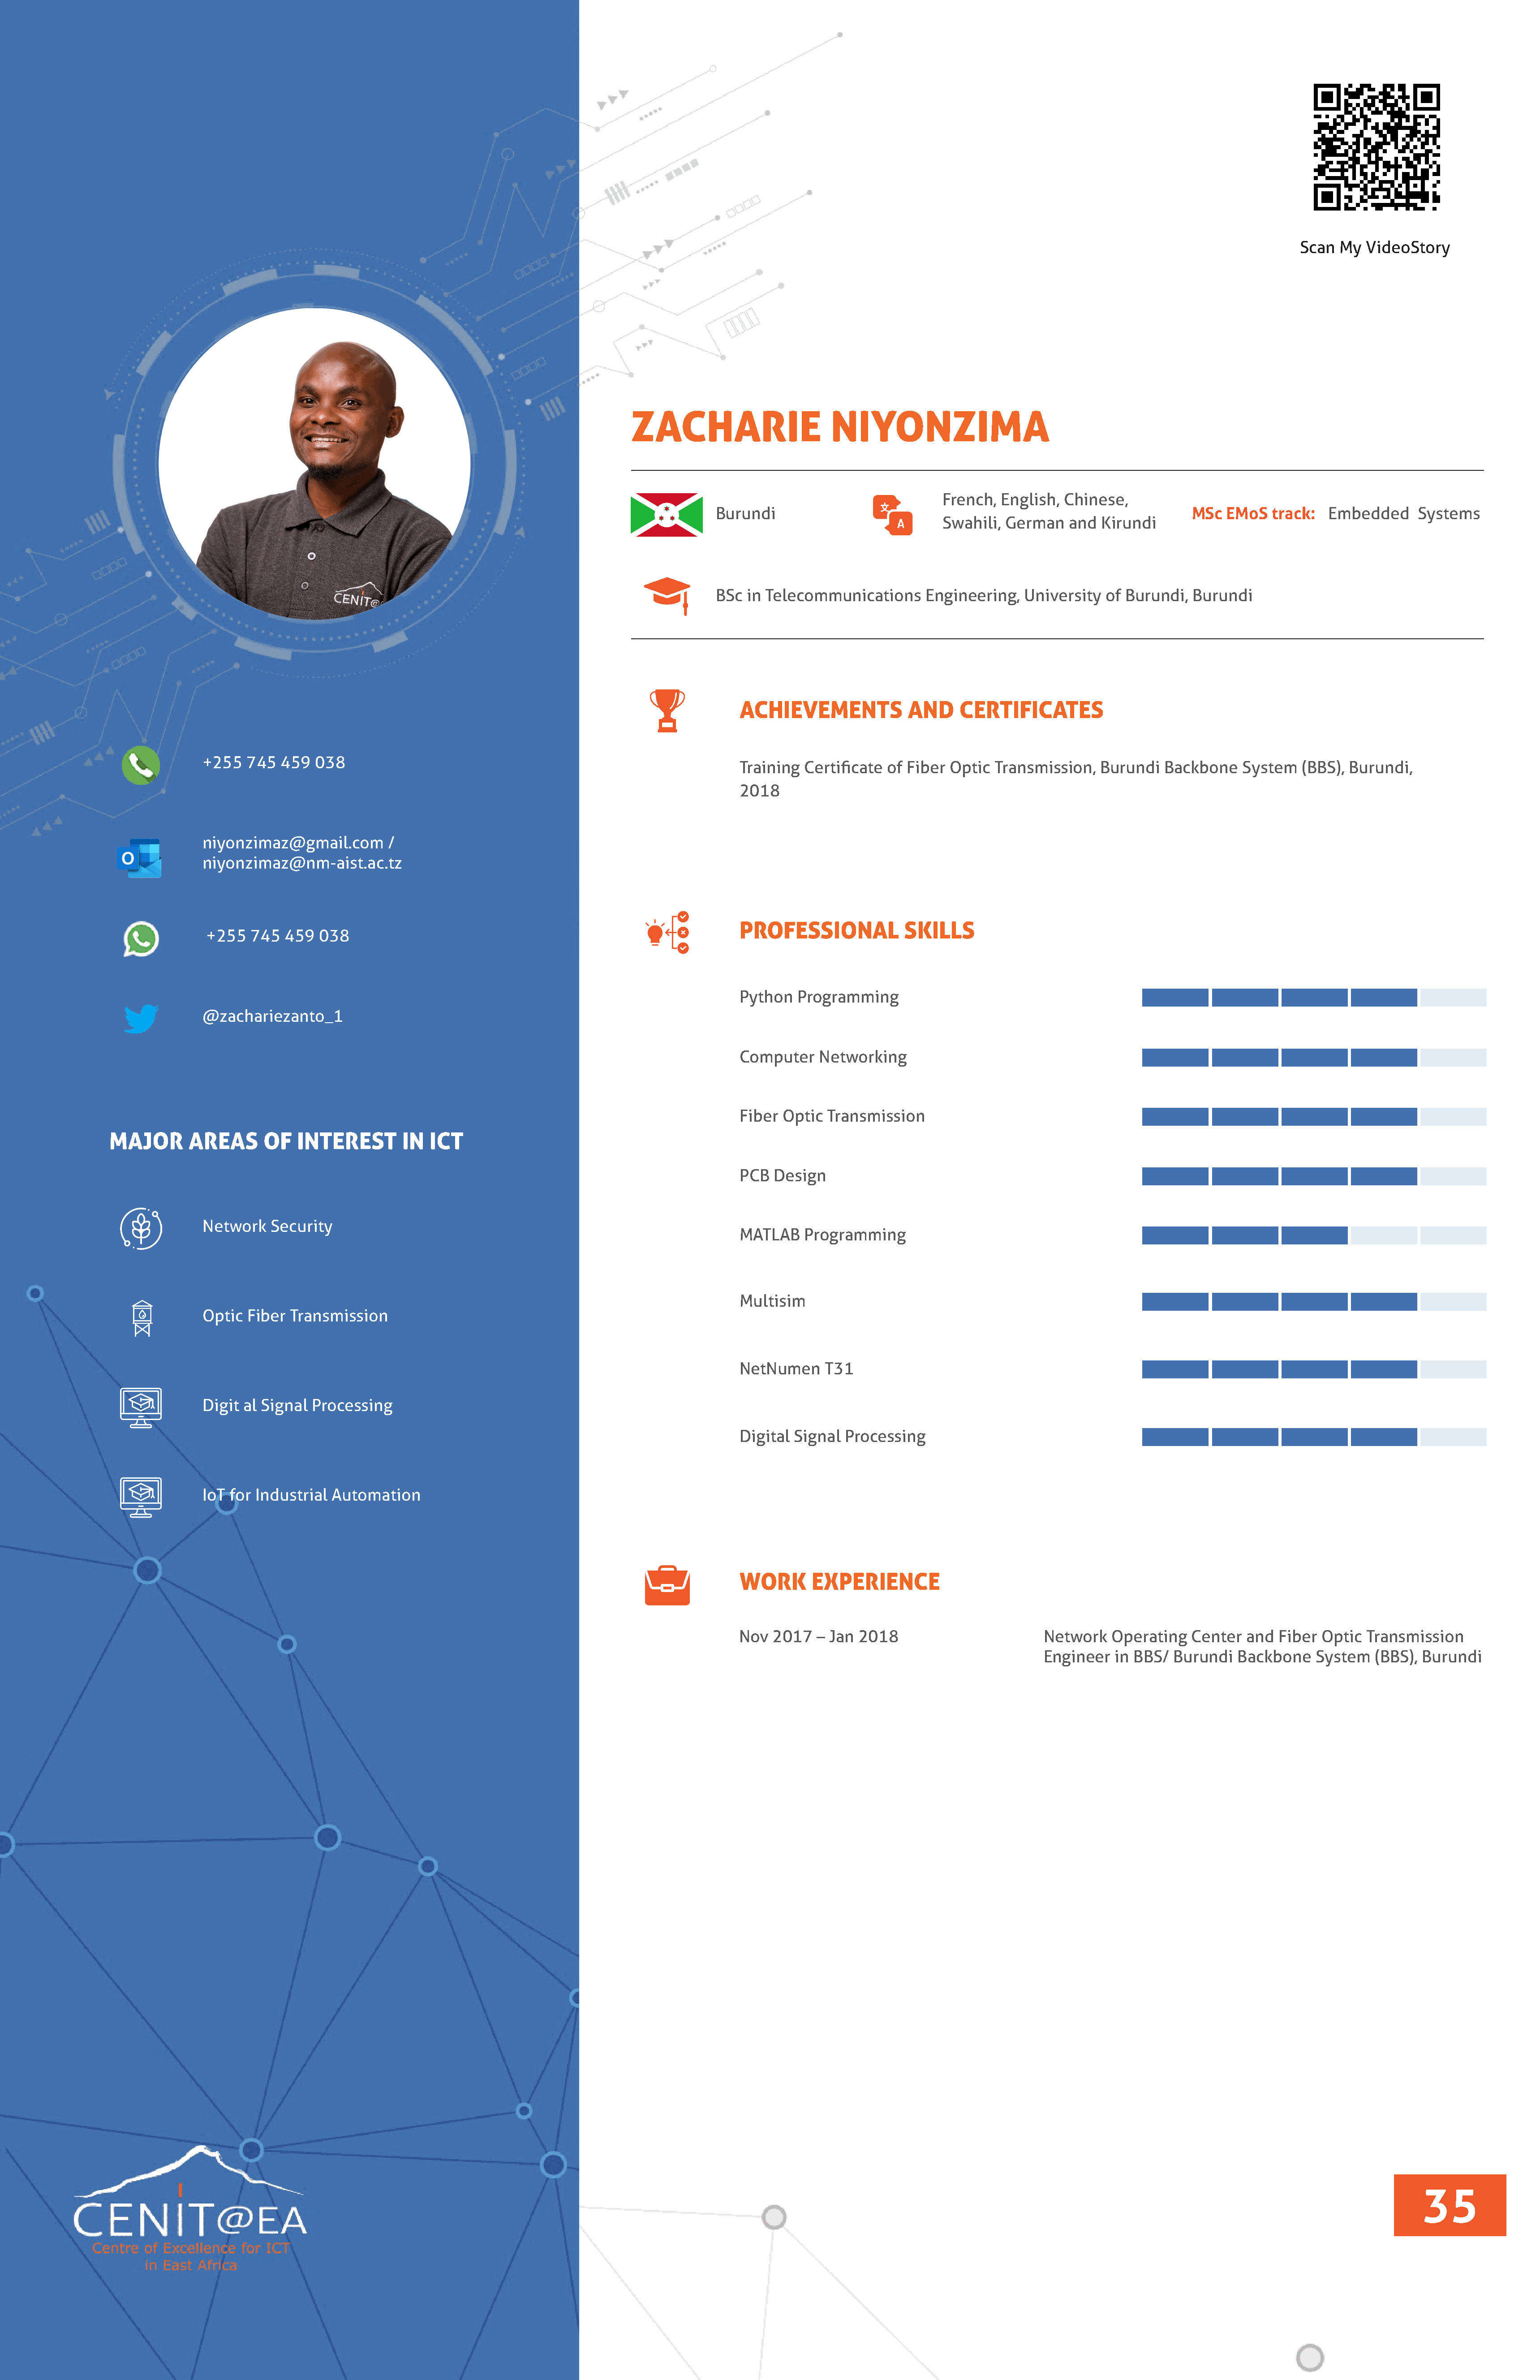
Scan  My  VideoStory
 ZACHARIE                      NIYONZIMA
 French,  English, Chinese,
 Burundi                                                               MSc  EMoS   track:  Embedded     Systems
 Swahili,  German   and  Kirundi
 BSc in Telecommunications      Engineering,  University  of Burundi,  Burundi
 ACHIEVEMENTS             AND     CERTIFICATES
 +255  745   459  038
 Training  Certificate of Fiber Optic  Transmission,   Burundi  Backbone    System  (BBS), Burundi,
 2018
 niyonzimaz@gmail.com       /
 niyonzimaz@nm-aist.ac.tz
 PROFESSIONAL             SKILLS
 +255  745  459  038
 Python   Programming
 @zachariezanto_1
 Computer    Networking
 Fiber  Optic Transmission
 MAJOR       AREAS      OF   INTEREST       IN  ICT
 PCB  Design
 Network   Security
 MATLAB    Programming
 Multisim
 Optic  Fiber Transmission
 NetNumen     T31
 Digit al Signal Processing
 Digital Signal  Processing
 IoT for Industrial Automation
 WORK       EXPERIENCE
 Nov  2017   – Jan 2018                       Network   Operating   Center  and  Fiber Optic  Transmission
 Engineer   in BBS/ Burundi   Backbone   System   (BBS), Burundi
 35